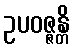
ဥပဝဇ္ဇန္တိ